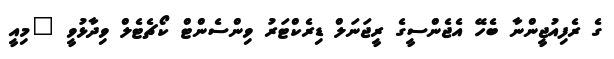
ގެ ރެފިއުޖީންނާ ބެހޭ އެެޖެންސީގެ ރީޖަނަލް ޑިރެކްޓަރު ވިންސެންޓް ކޯޗެޓެލް ވިދާޅުވީ "މިއީ